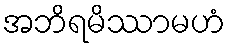
အဘိရမိဿာမဟံ